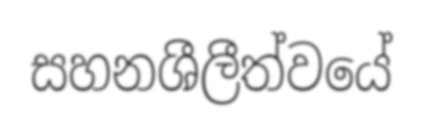
සහනශීලීත්වයේ